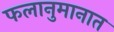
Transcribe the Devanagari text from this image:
फलानुमानात